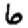
Digit: 6